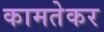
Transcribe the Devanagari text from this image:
कामतेकर